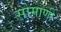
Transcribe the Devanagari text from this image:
सोमाणी